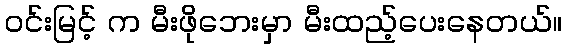
ဝင်းမြင့် က မီးဖိုဘေးမှာ မီးထည့်ပေးနေတယ်။